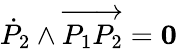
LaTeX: {\dot{P}}_{2}\wedge\overrightarrow{P_{1}P_{2}}={\mathbf 0}